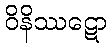
ဝိနိဿဋော